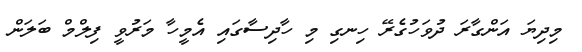
މިދިޔަ އަންގާރަ ދުވަހުގެރޭ ހިނގި މި ހާދިސާގައި އެމީހާ މަރުވީ ފިލްމް ބަލަން